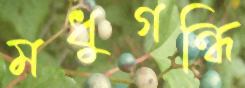
মধুগন্ধি